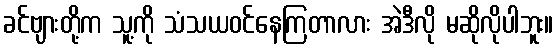
ခင်ဗျားတို့က သူ့ကို သံသယဝင်နေကြတာလား အဲဒီလို မဆိုလိုပါဘူး။